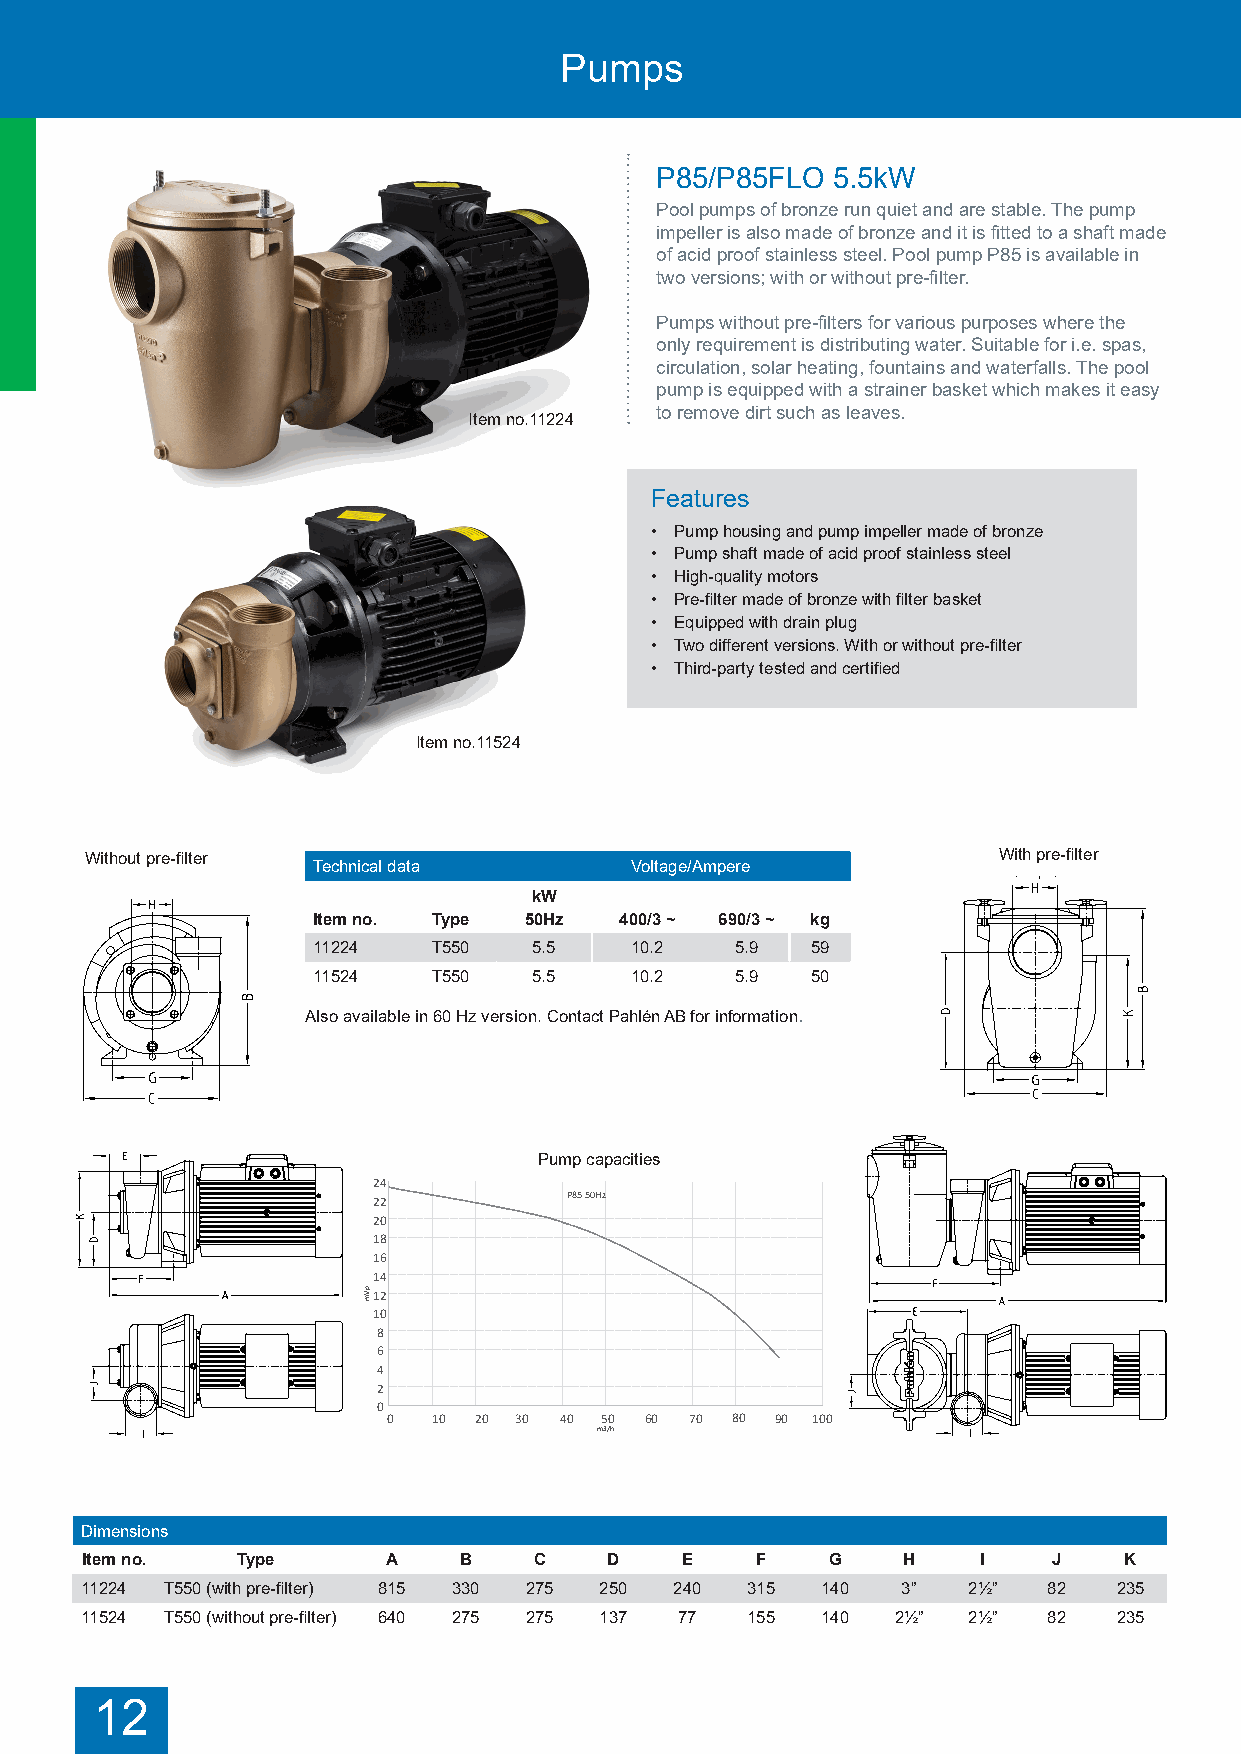
Pumps
 P85/P85FLO  5.5kW
 Pool pumps of bronze run quiet and are stable. The pump
 impeller is also made of bronze and it is fitted to a shaft made
 of acid proof stainless steel. Pool pump P85 is available in
 two versions; with or without pre-filter.
 Pumps without pre-filters for various purposes where the
 only requirement is distributing water. Suitable for i.e. spas,
 circulation, solar heating, fountains and waterfalls. The pool
 pump is equipped with a strainer basket which makes it easy
 to remove dirt such as leaves.
 Item no.11224
 Features
 • Pump housing and pump impeller made of bronze
 • Pump shaft made of acid proof stainless steel
 • High-quality motors
 • Pre-filter made of bronze with filter basket
 • Equipped with drain plug
 • Two different versions. With or without pre-filter
 • Third-party tested and certified
 Item no.11524
 Without pre-filter                                          With pre-filter
 Technical data       Voltage/Ampere
 kW
 Item no. Type 50Hz  400/3 ~ 690/3 ~ kg
 11224   T550  5.5    10.2   5.9  59
 11524   T550  5.5    10.2   5.9  50
 Also available in 60 Hz version. Contact Pahlén AB for information.
 Pump capacities
 2244                                     2266
 2222         PP8855 5500HHzz             2244         PPTT775500 5500HHzz
 2200                                     2222
 1188                                     2200
 1166                                     1188
 1166
 1144
 1144 1122
 1122
 1100
 1100
 88
 88
 66                                        66
 44                                        44
 22                                        22
 00                                        00
 00 1100 2200 3300 4400 5500 6600 7700 8800 9900 110000 00 1100 2200 3300 4400 5500 6600 7700 8800 9900 110000 111100 112200 113300 114400
 mm33//hh                                  mm33//hh
 Dimensions
 Item no.   Type      A   B    C    D    E    F    G    H    I    J   K
 11224 T550 (with pre-filter) 815 330 275 250 240 315 140 3” 2½” 82   235
 11524 T550 (without pre-filter) 640 275 275 137 77 155 140 2½” 2½” 82 235
 12
 ppVVmm                                    ppVVmm